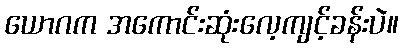
ယောဂက အကောင်းဆုံးလေ့ကျင့်ခန်းပဲ။